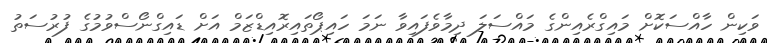
ވަކިން ހާއްސަކޮށް މައިގްރެއިންގެ މައްސަލަ ދިމާވެފައިވާ ނަމަ ހައިޕޯތައިރޮއިޑްޒަމް އަށް ޑައިގްނޯސްވުމުގެ ފުރުސަތު